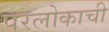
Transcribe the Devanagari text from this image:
परलोकाची